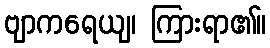
ဗျာကရေယျ၊ ကြားရာ၏။